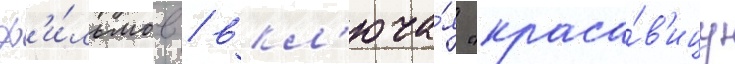
ф'и́льмов / вкл'юча́я "краса́в'ицу